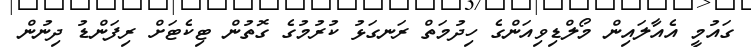
ގައުމީ އެއާލައިން މޯލްޑިވިއަންގެ ހިދުމަތް ރަނގަޅު ކުރުމުގެ ގޮތުން ޓިކެޓަށް ރިފަންޑު ދިނުން